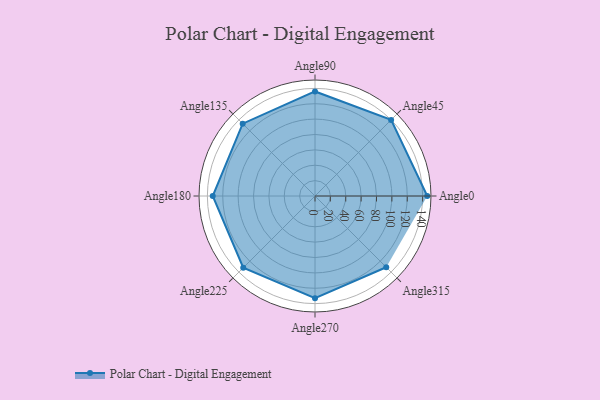
{"axis": {"x": "Angle", "y": "Radius"}, "legend": [""], "data": [{"x": "Angle0", "y": 146.0, "type": ""}, {"x": "Angle45", "y": 140.0, "type": ""}, {"x": "Angle90", "y": 136.0, "type": ""}, {"x": "Angle135", "y": 133.0, "type": ""}, {"x": "Angle180", "y": 133.0, "type": ""}, {"x": "Angle225", "y": 132.0, "type": ""}, {"x": "Angle270", "y": 133.0, "type": ""}, {"x": "Angle315", "y": 131.0, "type": ""}]}